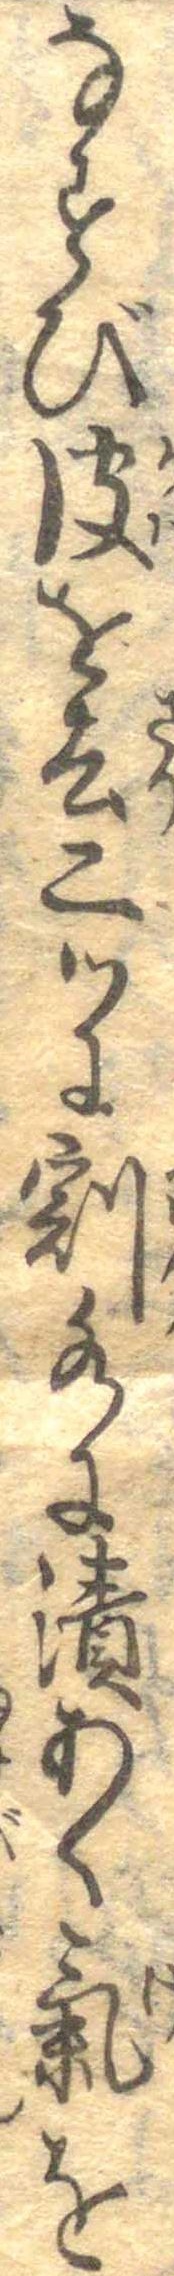
なすび皮を去二つに割水に漬あく気を